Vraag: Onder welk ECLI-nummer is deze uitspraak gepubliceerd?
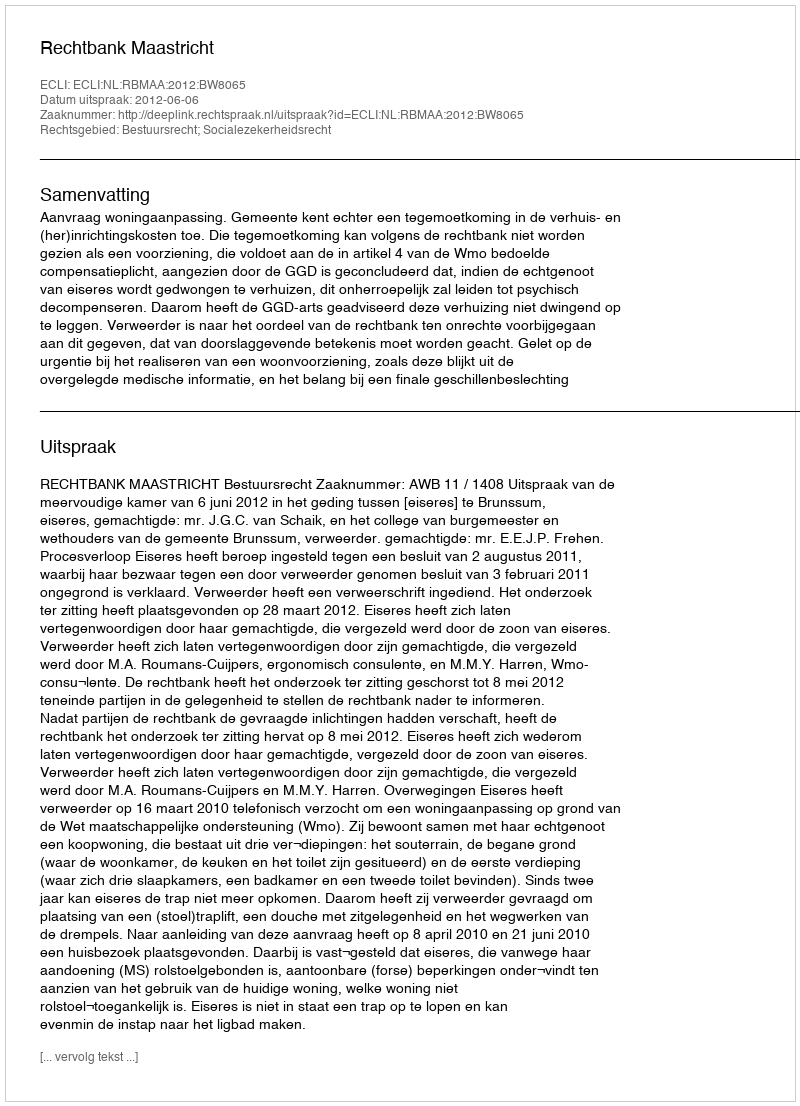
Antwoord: ECLI:NL:RBMAA:2012:BW8065